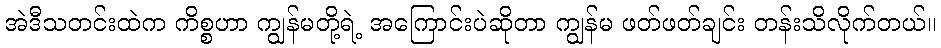
အဲဒီသတင်းထဲက ကိစ္စဟာ ကျွန်မတို့ရဲ့ အကြောင်းပဲဆိုတာ ကျွန်မ ဖတ်ဖတ်ချင်း တန်းသိလိုက်တယ်။